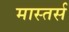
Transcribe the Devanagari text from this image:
मास्तर्स